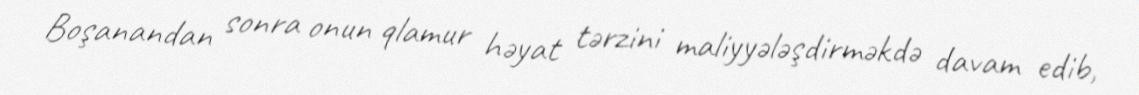
Boşanandan sonra onun qlamur həyat tərzini maliyyələşdirməkdə davam edib,